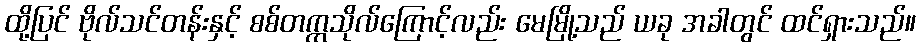
ထို့ပြင် ဗိုလ်သင်တန်းနှင့် စစ်တက္ကသိုလ်ကြောင့်လည်း မေမြို့သည် ယခု အခါတွင် ထင်ရှားသည်။